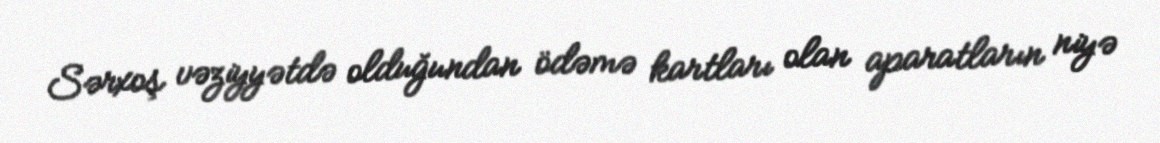
Sərxoş vəziyyətdə olduğundan ödəmə kartları olan aparatların niyə